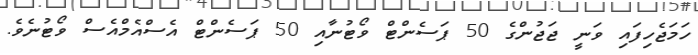
ހަމަޖެހިފައި ވަނީ ޖަޖުންގެ 50 ޕަސެންޓް ވޯޓުނާއި 50 ޕަސެންޓް އެސްއެމްއެސް ވޯޓުނެވެ.